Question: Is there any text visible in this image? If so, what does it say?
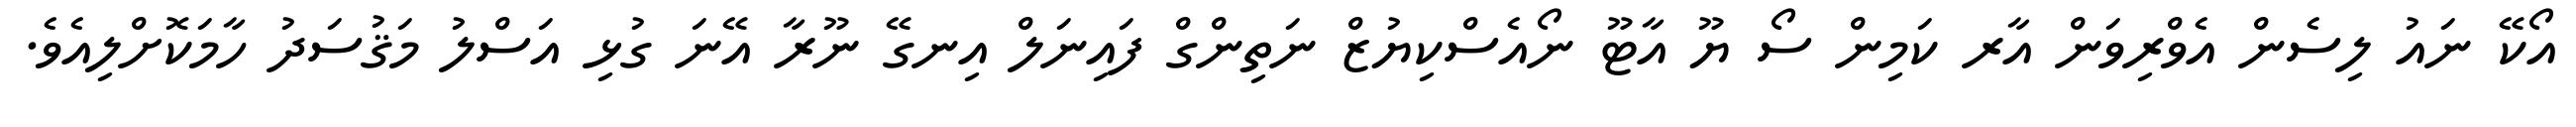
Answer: އޯކޭ ނައު ލިސެން އެވްރިވަން އާރ ކަމިން ސޯ ޔޫ އާޓޫ ނޯއެސްކިޔުޒް ނަތިންގް ފައިނަލް އިނގޭ ނޫރާ އޭނަ ގުޅި އަސްލު މަޤުސަދު ހާމަކޮށްލިއެވެ.